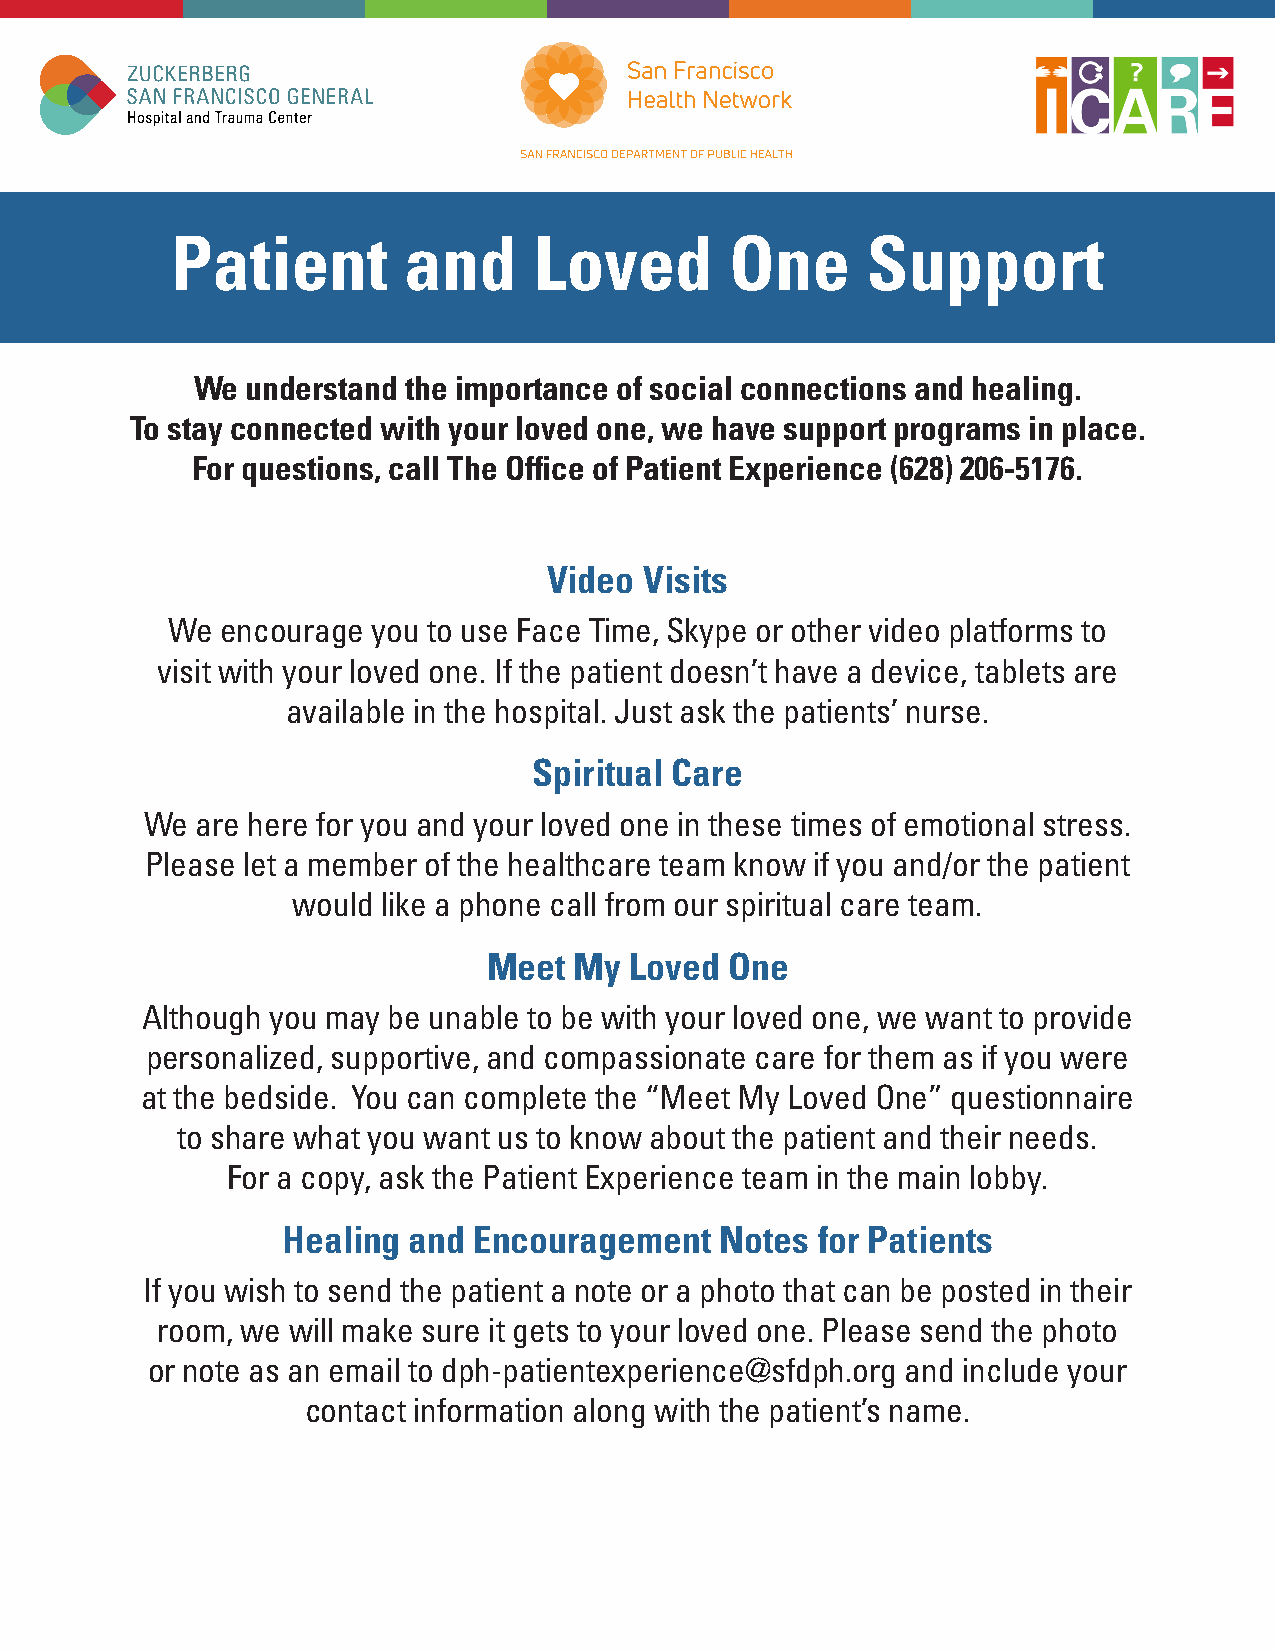
Patient         and     Loved        One      Support
 We understand the importance of social connections and healing.
 To stay connected with your loved one, we have support programs in place.
 For questions, call The Office of Patient Experience (628) 206-5176.
 Video  Visits
 We  encourage you to use Face Time, Skype or other video platforms to
 visit with your loved one. If the patient doesn’t have a device, tablets are
 available in the hospital. Just ask the patients’ nurse.
 Spiritual Care
 We are here for you and your loved one in these times of emotional stress.
 Please let a member of the healthcare team know if you and/or the patient
 would like a phone call from our spiritual care team.
 Meet  My  Loved One
 Although you may be unable to be with your loved one, we want to provide
 personalized, supportive, and compassionate care for them as if you were
 at the bedside. You can complete the “Meet My Loved One” questionnaire
 to share what you want us to know about the patient and their needs.
 For a copy, ask the Patient Experience team in the main lobby.
 Healing and Encouragement    Notes for Patients
 If you wish to send the patient a note or a photo that can be posted in their
 room, we will make sure it gets to your loved one. Please send the photo
 or note as an email to dph-patientexperience@sfdph.org and include your
 contact information along with the patient’s name.